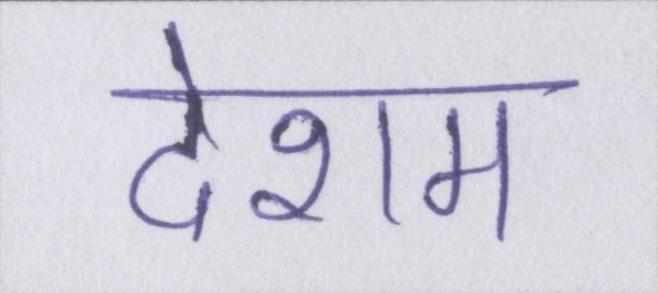
देशम